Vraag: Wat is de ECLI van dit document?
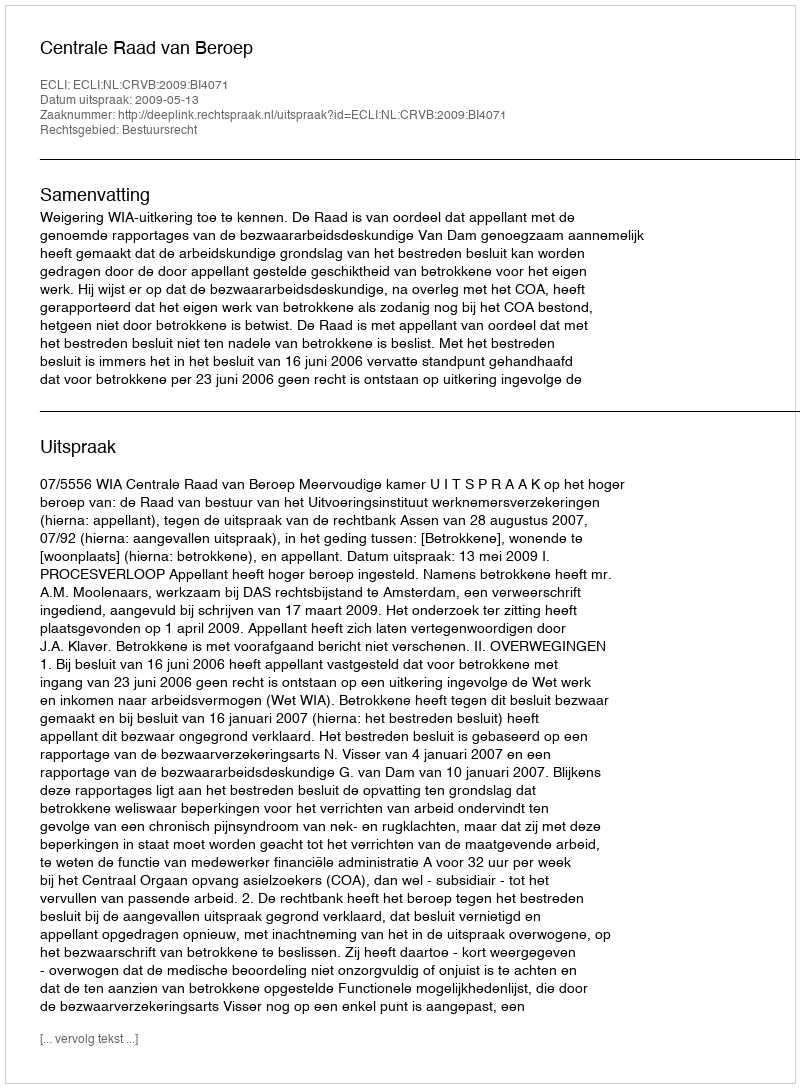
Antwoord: ECLI:NL:CRVB:2009:BI4071